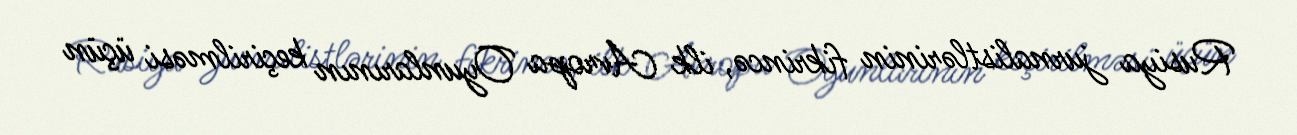
Rusiya jurnalistlərinin fikrincə, ilk Avropa Oyunlarının keçirilməsi üçün